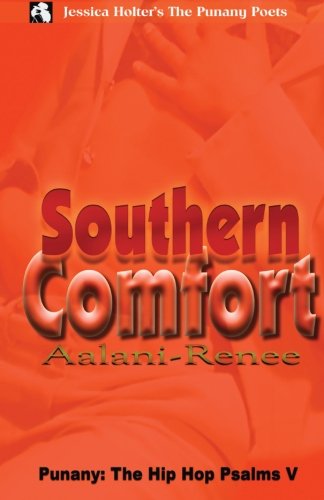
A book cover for The Head Doctor's Sex Tales (Volume 1); Aalani Renee; Romance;